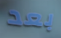
بعد